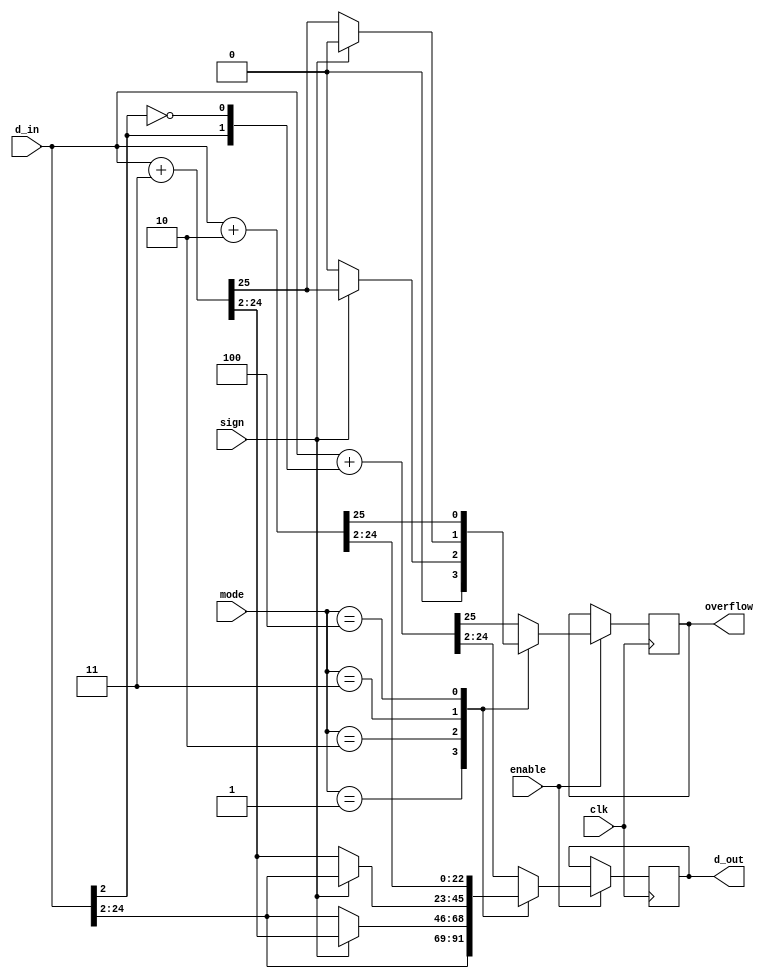
`timescale 1ns / 1ps
//////////////////////////////////////////////////////////////////////////////////
// Company: 
// Engineer: 
// 
// Design Name: 
// Module Name: rounder
// Project Name: 
// Target Devices: 
// Tool Versions: 
// Description: 
// 
// Dependencies: 
// 
// Revision:
// Revision 0.01 - File Created
// Additional Comments:
// 
//////////////////////////////////////////////////////////////////////////////////

module rounder #(parameter W_IN = 25, W_OUT = 23)(
    input clk,
    input enable,
	input [2:0] mode,
	input sign,
    input [W_IN-1:0] d_in,
    output [W_OUT-1:0] d_out,
    output overflow
    );

	reg [W_OUT-1:0] r_dout;
	reg overflow_reg;
	wire [W_IN:0] w_halfeven;
	wire [W_IN:0] w_halfup;
	wire [W_IN:0] w_up;
	wire [W_OUT-1:0] w_truncate;

    assign w_halfup = d_in
		+ { {(W_OUT){1'b0}}, 1'b1, {(W_IN-W_OUT-1){1'b0}} };

	assign w_halfeven = d_in   
		+ { {(W_OUT){1'b0}},
			d_in[(W_IN-W_OUT)],
			{(W_IN-W_OUT-1){!d_in[(W_IN-W_OUT)]}}};

	assign w_up = d_in
		+ { {(W_OUT){1'b0}}, {(W_IN-W_OUT){1'b1}}};

	assign w_truncate = d_in[(W_IN-1):(W_IN-W_OUT)];

	assign d_out = r_dout;
    assign overflow = overflow_reg;

    always @(posedge clk) begin
		if (enable == 1'b1) begin
			case (mode)
				3'b001 : begin //RTZ
					r_dout <= w_truncate;
					overflow_reg <= 1'b0;
				end
				3'b010 : begin //RDN
					if (sign == 1'b0) begin
						r_dout <= w_truncate;
						overflow_reg <= 1'b0;
					end else begin
						r_dout <= w_up[(W_IN-1):(W_IN-W_OUT)];
						overflow_reg <= w_up[W_IN];
					end
				end
				3'b011 : begin //RUP
					if (sign == 1'b0) begin
						r_dout <= w_up[(W_IN-1):(W_IN-W_OUT)];
						overflow_reg <= w_up[W_IN];
					end else begin
						r_dout <= w_truncate;
						overflow_reg <= 1'b0;
					end
				end
				3'b100 : begin //RMM
					r_dout <= w_halfup[(W_IN-1):(W_IN-W_OUT)];
					overflow_reg <= w_halfup[W_IN];	
				end
				default: begin //RNE
					r_dout <= w_halfeven[(W_IN-1):(W_IN-W_OUT)];
					overflow_reg <= w_halfeven[W_IN];
				end
			endcase	
		end
	    
    end

endmodule